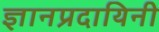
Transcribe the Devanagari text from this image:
ज्ञानप्रदायिनी